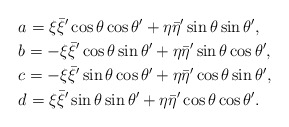
\begin{align*}&a=\xi\bar{\xi}'\cos\theta\cos\theta'+\eta\bar{\eta}'\sin\theta\sin\theta',\\&b=-\xi\bar{\xi}'\cos\theta\sin\theta'+\eta\bar{\eta}'\sin\theta\cos\theta',\\&c=-\xi\bar{\xi}'\sin\theta\cos\theta'+\eta\bar{\eta}'\cos\theta\sin\theta',\\&d=\xi\bar{\xi}'\sin\theta\sin\theta'+\eta\bar{\eta}'\cos\theta\cos\theta'.\end{align*}